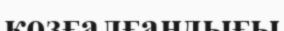
қозғалғандығы